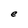
Character: e